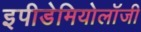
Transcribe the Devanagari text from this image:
इपीडेमियोलॉजी